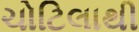
ચોટિલાથી